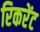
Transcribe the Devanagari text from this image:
रिकरेंट